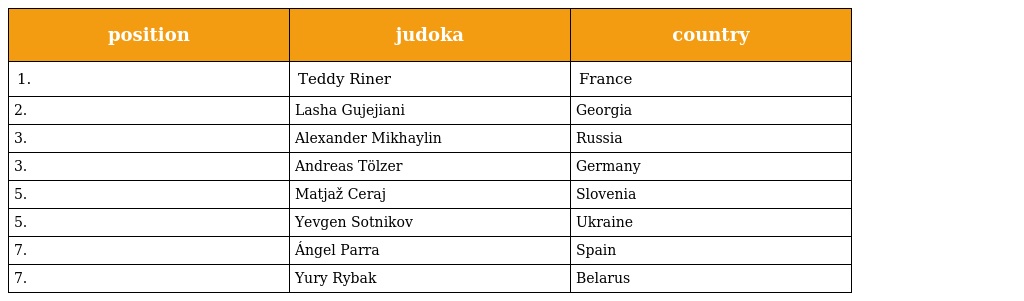
| position | judoka | country |
 | --- | --- | --- |
 | 1. | Teddy Riner | France |
 | 2. | Lasha Gujejiani | Georgia |
 | 3. | Alexander Mikhaylin | Russia |
 | 3. | Andreas Tölzer | Germany |
 | 5. | Matjaž Ceraj | Slovenia |
 | 5. | Yevgen Sotnikov | Ukraine |
 | 7. | Ángel Parra | Spain |
 | 7. | Yury Rybak | Belarus |